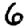
Digit: 6